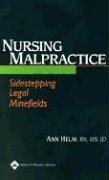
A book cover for Nursing Malpractice: Sidestepping Legal Minefields; Springhouse; Law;